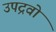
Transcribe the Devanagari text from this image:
उपद्रवो